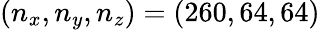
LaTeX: (n_{x},n_{y},n_{z})=(260,64,64)